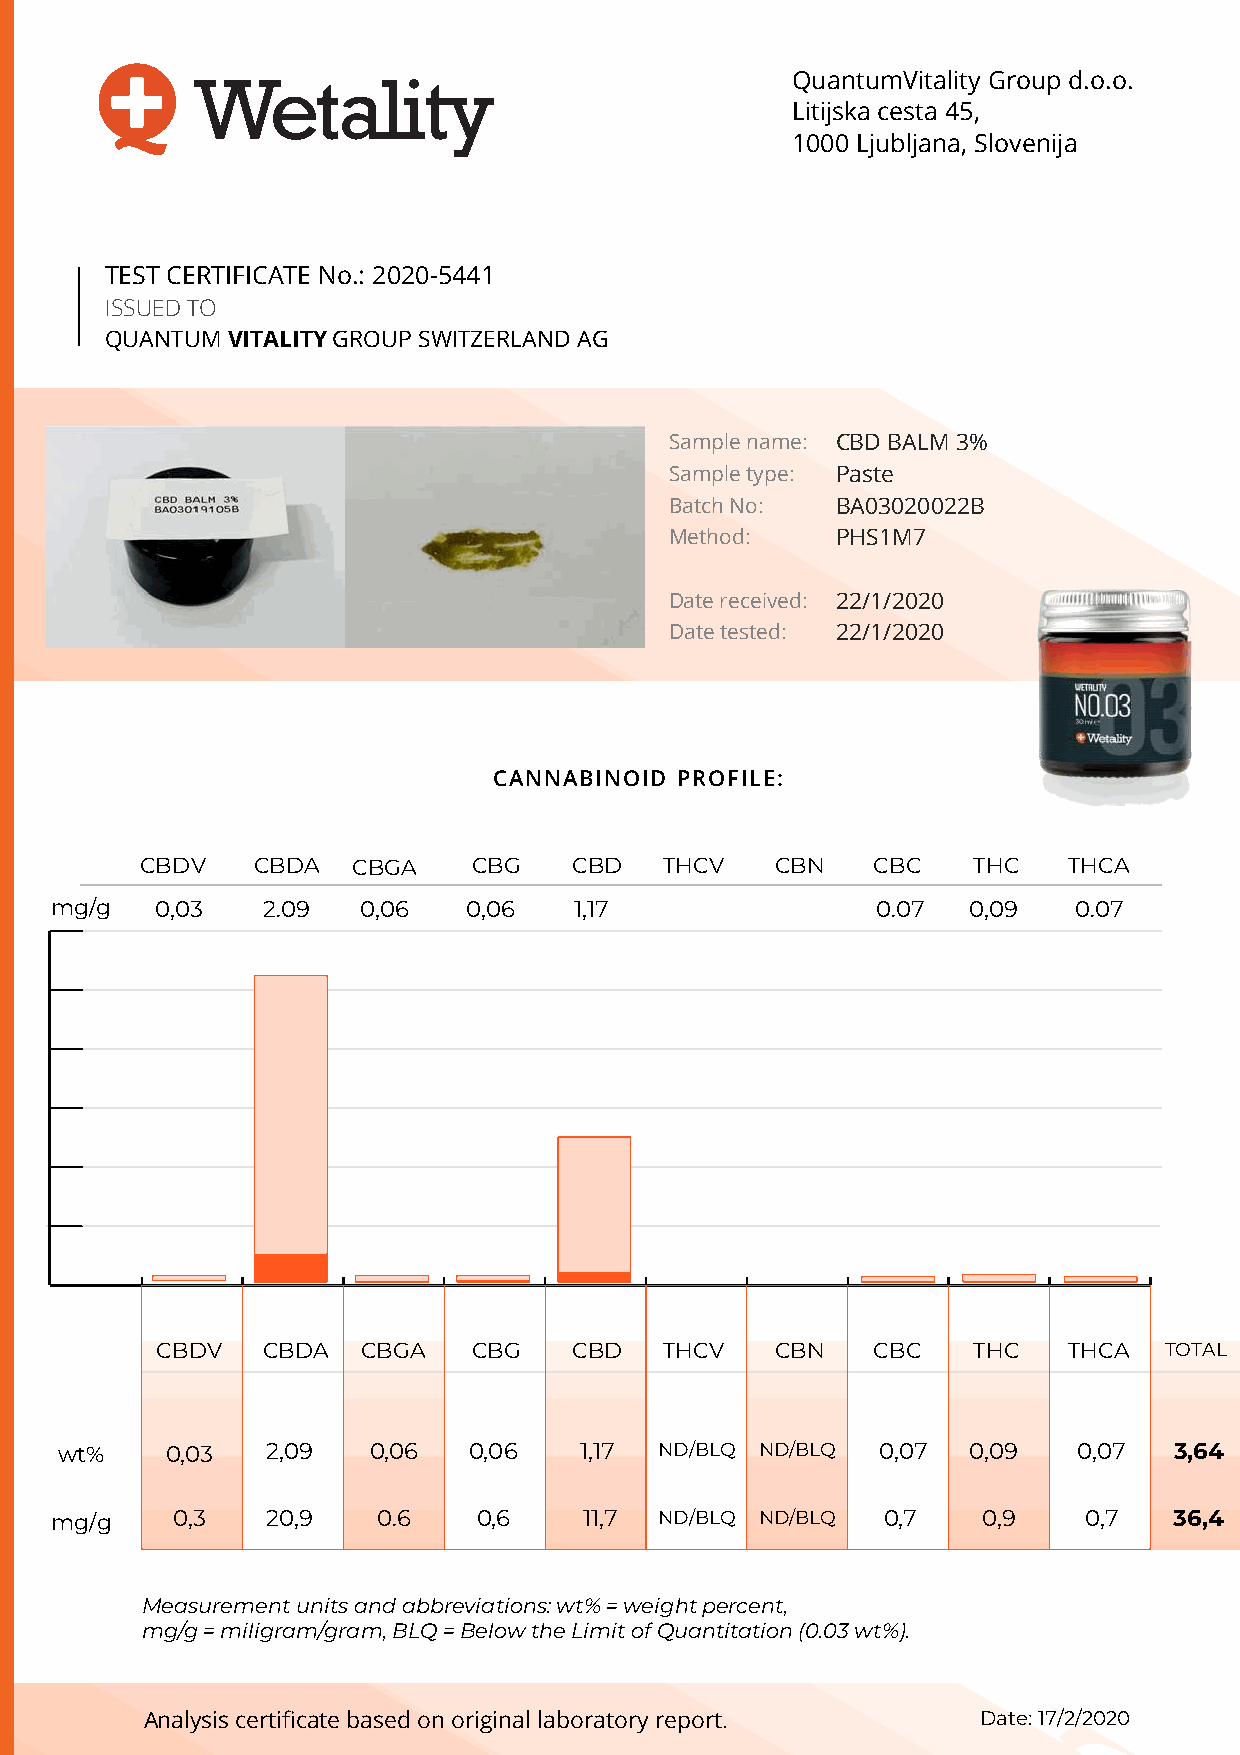
QuantumVitality Group d.o.o.
 Litijska cesta 45,
 1000 Ljubljana, Slovenija
 TEST CERTIFICATE No.: 2020-5441
 ISSUED TO
 QUANTUM VITALITY GROUP SWITZERLAND AG
 Sample name: CBD BALM 3%
 Sample type: Paste
 Batch No:  BA03020022B
 Method:    PHS1M7
 Date received: 22/1/2020
 Date tested: 22/1/2020
 CANNABINOID PROFILE:
 CBDV    CBDA  CBGA    CBG    CBD   THCV   CBN    CBC   THC    THCA
 mg/g   0,03   2.09   0,06   0,06   1,17                0.07  0,09   0.07
 CBDV   CBDA   CBGA   CBG    CBD   THCV   CBN    CBC   THC    THCA  TOTAL
 wt%    0,03   2,09  0,06   0,06   1,17  ND/BLQ ND/BLQ 0,07  0,09   0,07   3,64
 mg/g    0,3    20,9   0.6    0,6    11,7 ND/BLQ ND/BLQ 0,7    0,9    0,7   36,4
 Measurement units and abbreviations: wt% = weight percent,
 mg/g = miligram/gram, BLQ = Below the Limit of Quantitation (0.03 wt%).
 AnalysiAs nacleyrstiisfi cceartteifi cbaates ebda soedn oonri gorinigainl laal blaobraotroartyo ry rreeppoorrtt.. Date: 17/2/2020